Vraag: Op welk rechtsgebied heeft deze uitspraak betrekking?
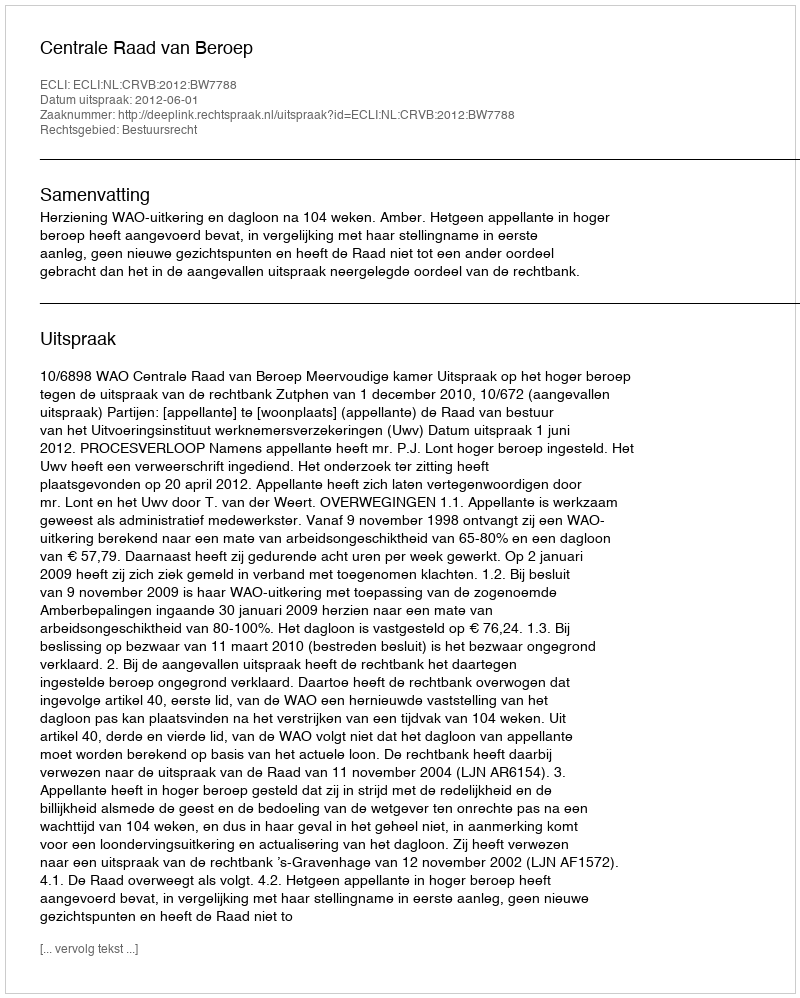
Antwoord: Bestuursrecht